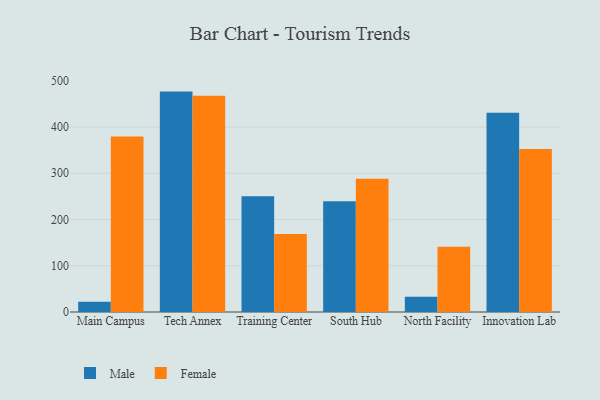
{"axis": {"x": "Campus", "y": "Population (Million)"}, "legend": ["Female", "Male"], "data": [{"x": "Main Campus", "y": 22.4, "type": "Male"}, {"x": "Main Campus", "y": 379.3, "type": "Female"}, {"x": "Tech Annex", "y": 476.6, "type": "Male"}, {"x": "Tech Annex", "y": 467.4, "type": "Female"}, {"x": "Training Center", "y": 250.3, "type": "Male"}, {"x": "Training Center", "y": 168.8, "type": "Female"}, {"x": "South Hub", "y": 239.4, "type": "Male"}, {"x": "South Hub", "y": 288.1, "type": "Female"}, {"x": "North Facility", "y": 32.9, "type": "Male"}, {"x": "North Facility", "y": 141.2, "type": "Female"}, {"x": "Innovation Lab", "y": 431.0, "type": "Male"}, {"x": "Innovation Lab", "y": 352.6, "type": "Female"}]}